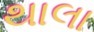
થાલા